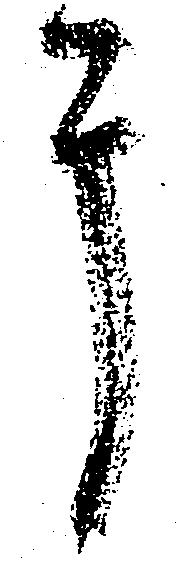
于